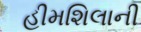
હીમશિલાની